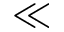
\ll